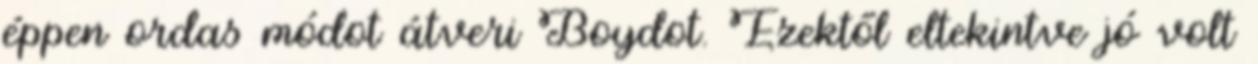
éppen ordas módot átveri Boydot. Ezektől eltekintve jó volt